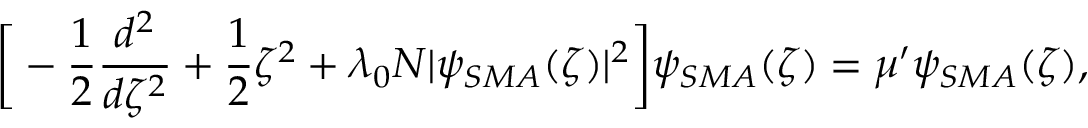
\bigg [ - \frac { 1 } { 2 } \frac { d ^ { 2 } } { d \zeta ^ { 2 } } + \frac { 1 } { 2 } \zeta ^ { 2 } + \lambda _ { 0 } N | \psi _ { S M A } ( \zeta ) | ^ { 2 } \bigg ] \psi _ { S M A } ( \zeta ) = \mu ^ { \prime } \psi _ { S M A } ( \zeta ) ,